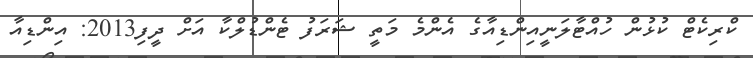
ކްރިކެޓް ކުޅުން ހުއްޓާލަނީއިންޑިއާގެ އެންމެ މަތީ ޝަރަފު ޓެންޑުލްކާ އަށް ދީފި2013: އިންޑިއާ